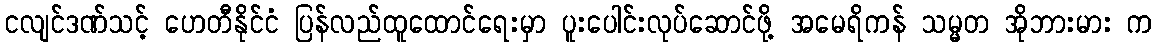
ငလျင်ဒဏ်သင့် ဟေတီနိုင်ငံ ပြန်လည်ထူထောင်ရေးမှာ ပူးပေါင်းလုပ်ဆောင်ဖို့ အမေရိကန် သမ္မတ အိုဘားမား က